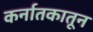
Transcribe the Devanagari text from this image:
कर्नातकातून